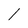
Character: 1